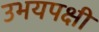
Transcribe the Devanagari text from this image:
उभयपक्षी